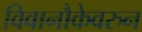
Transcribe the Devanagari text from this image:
विवानौकेवरुन